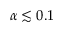
\alpha \lesssim 0 . 1